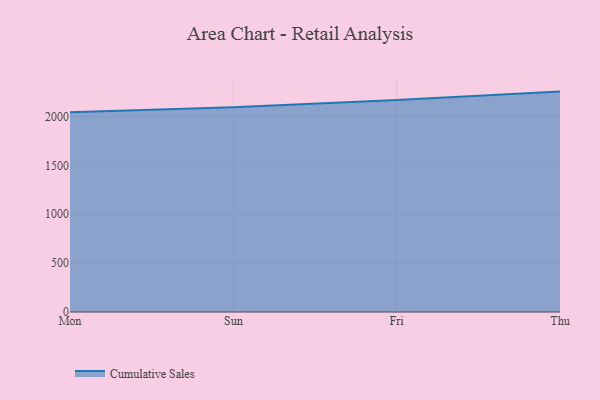
{"axis": {"x": "Day", "y": "Market Share (%)"}, "legend": ["Cumulative Sales"], "data": [{"x": "Mon", "y": 2045.5, "type": "Cumulative Sales"}, {"x": "Sun", "y": 2095.1, "type": "Cumulative Sales"}, {"x": "Fri", "y": 2168.9, "type": "Cumulative Sales"}, {"x": "Thu", "y": 2255.6, "type": "Cumulative Sales"}]}